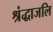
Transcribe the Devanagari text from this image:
श्रंद्धाजलि